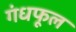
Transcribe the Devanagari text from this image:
गंधफूल